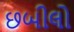
છબીલો